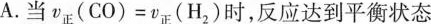
A. 当$$v ( C O ) = v ( H_{ 2 } )$$时，反应达到平衡态